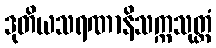
ဒုတိယသရဏာနိသက္ကသုတ္တံ